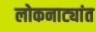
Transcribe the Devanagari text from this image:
लोकनाट्यांत